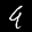
Label: 9